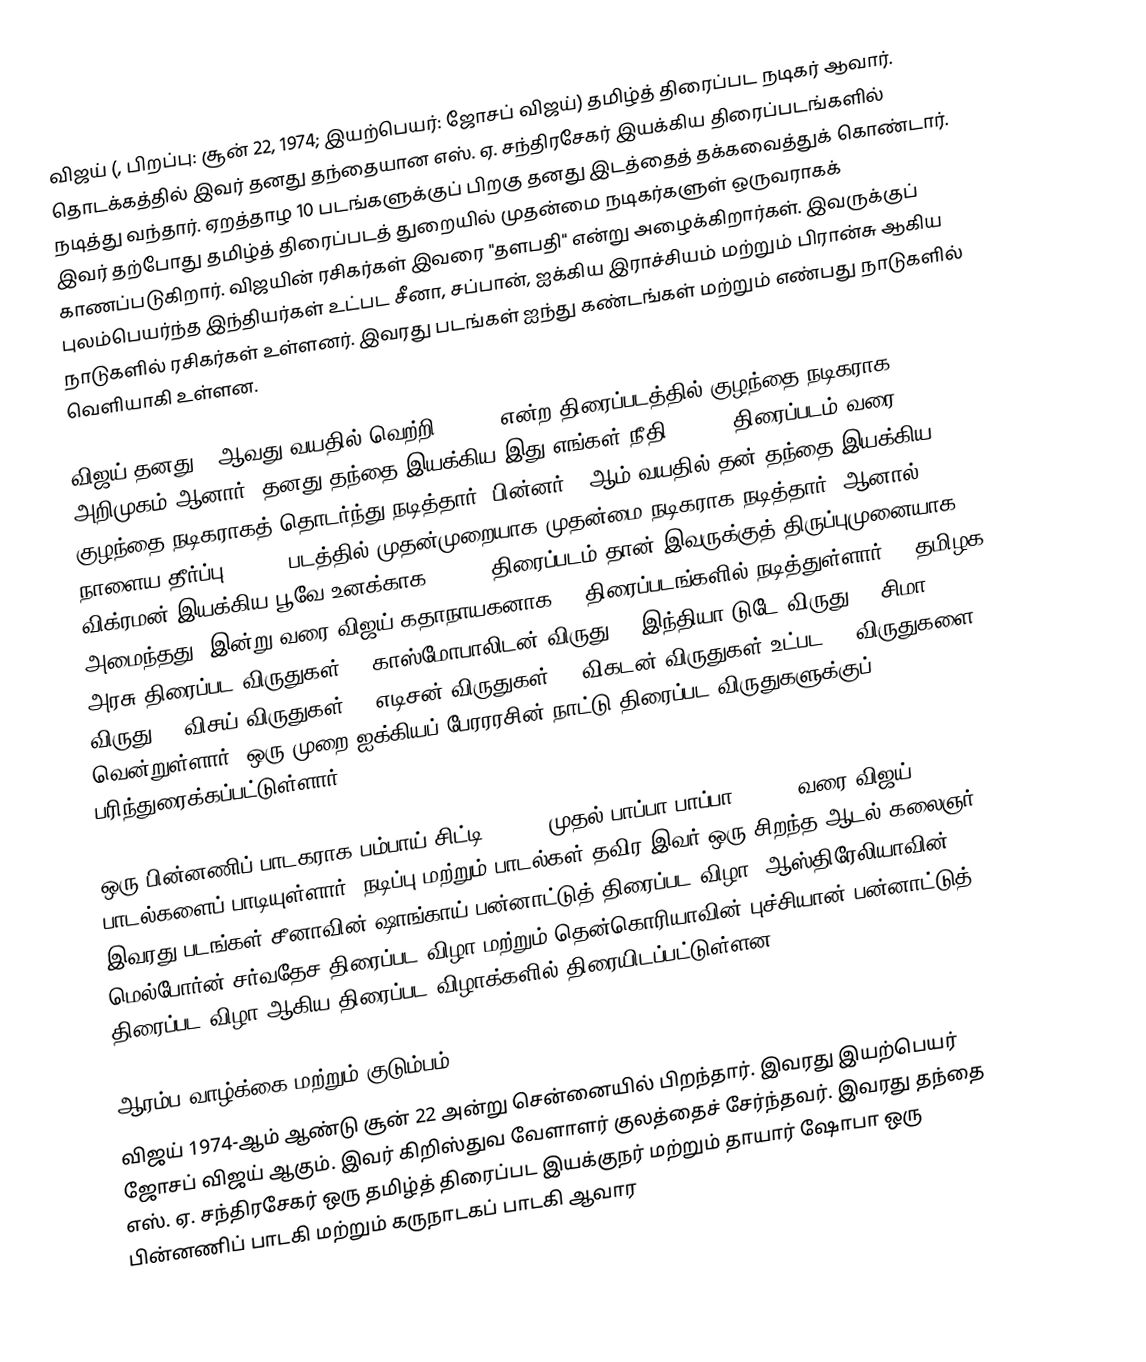
விஜய் (, பிறப்பு: சூன் 22, 1974; இயற்பெயர்: ஜோசப் விஜய்) தமிழ்த் திரைப்பட நடிகர் ஆவார். தொடக்கத்தில் இவர் தனது தந்தையான எஸ். ஏ. சந்திரசேகர் இயக்கிய திரைப்படங்களில் நடித்து வந்தார். ஏறத்தாழ 10 படங்களுக்குப் பிறகு தனது இடத்தைத் தக்கவைத்துக் கொண்டார். இவர் தற்போது தமிழ்த் திரைப்படத் துறையில் முதன்மை நடிகர்களுள் ஒருவராகக் காணப்படுகிறார். விஜயின் ரசிகர்கள் இவரை "தளபதி" என்று அழைக்கிறார்கள். இவருக்குப் புலம்பெயர்ந்த இந்தியர்கள் உட்பட சீனா, சப்பான், ஐக்கிய இராச்சியம் மற்றும் பிரான்சு ஆகிய நாடுகளில் ரசிகர்கள் உள்ளனர். இவரது படங்கள் ஐந்து கண்டங்கள் மற்றும் எண்பது நாடுகளில் வெளியாகி உள்ளன.

விஜய் தனது 10ஆவது வயதில் வெற்றி (1984) என்ற திரைப்படத்தில் குழந்தை நடிகராக அறிமுகம் ஆனார். தனது தந்தை இயக்கிய இது எங்கள் நீதி (1988) திரைப்படம் வரை குழந்தை நடிகராகத் தொடர்ந்து நடித்தார். பின்னர் 18ஆம் வயதில் தன் தந்தை இயக்கிய நாளைய தீர்ப்பு (1992) படத்தில் முதன்முறையாக முதன்மை நடிகராக நடித்தார். ஆனால் விக்ரமன் இயக்கிய பூவே உனக்காக (1996) திரைப்படம் தான் இவருக்குத் திருப்புமுனையாக அமைந்தது. இன்று வரை விஜய் கதாநாயகனாக 62 திரைப்படங்களில் நடித்துள்ளார். 3 தமிழக அரசு திரைப்பட விருதுகள், 1 காஸ்மோபாலிடன் விருது, 1 இந்தியா டுடே விருது, 1 சிமா விருது, 8 விசய் விருதுகள், 3 எடிசன் விருதுகள், 2 விகடன் விருதுகள் உட்பட 50 விருதுகளை வென்றுள்ளார். ஒரு முறை ஐக்கியப் பேரரரசின் நாட்டு திரைப்பட விருதுகளுக்குப் பரிந்துரைக்கப்பட்டுள்ளார்.

ஒரு பின்னணிப் பாடகராக பம்பாய் சிட்டி (1994) முதல் பாப்பா பாப்பா (2017) வரை விஜய் 32 பாடல்களைப் பாடியுள்ளார். நடிப்பு மற்றும் பாடல்கள் தவிர இவர் ஒரு சிறந்த ஆடல் கலைஞர். இவரது படங்கள் சீனாவின் ஷாங்காய் பன்னாட்டுத் திரைப்பட விழா, ஆஸ்திரேலியாவின் மெல்போர்ன் சர்வதேச திரைப்பட விழா மற்றும் தென்கொரியாவின் புச்சியான் பன்னாட்டுத் திரைப்பட விழா ஆகிய திரைப்பட விழாக்களில் திரையிடப்பட்டுள்ளன.

ஆரம்ப வாழ்க்கை மற்றும் குடும்பம்
விஜய் 1974-ஆம் ஆண்டு சூன் 22 அன்று சென்னையில் பிறந்தார். இவரது இயற்பெயர் ஜோசப் விஜய் ஆகும். இவர் கிறிஸ்துவ வேளாளர் குலத்தைச் சேர்ந்தவர். இவரது தந்தை எஸ். ஏ. சந்திரசேகர் ஒரு தமிழ்த் திரைப்பட இயக்குநர் மற்றும் தாயார் ஷோபா ஒரு பின்னணிப் பாடகி மற்றும் கருநாடகப் பாடகி ஆவார